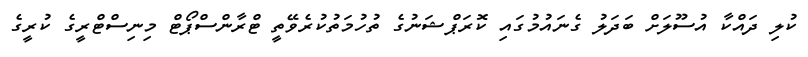
ކުލި ދައްކާ އުސޫލަށް ބަދަލު ގެނައުމުގައި ކޮރަޕްޝަނުގެ ތުހުމަތުކުރެވޭތީ ޓްރާންސްޕޯޓް މިނިސްޓްރީގެ ކުރީގެ